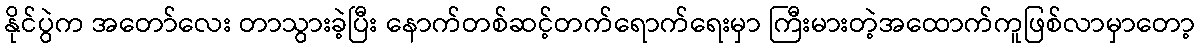
နိုင်ပွဲက အတော်လေး တာသွားခဲ့ပြီး နောက်တစ်ဆင့်တက်ရောက်ရေးမှာ ကြီးမားတဲ့အထောက်ကူဖြစ်လာမှာတော့